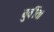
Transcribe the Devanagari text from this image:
बुर्वीत।